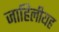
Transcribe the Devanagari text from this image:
जाहिलीयह